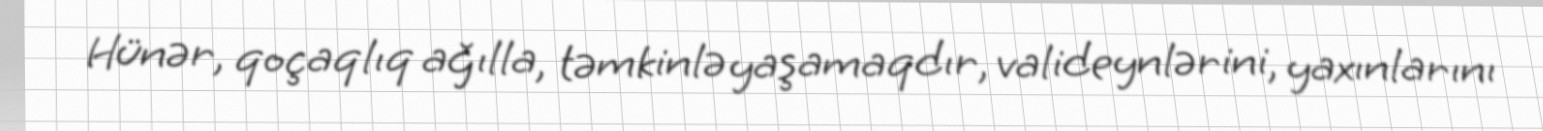
Hünər, qoçaqlıq ağılla, təmkinlə yaşamaqdır, valideynlərini, yaxınlarını